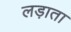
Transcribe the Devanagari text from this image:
लड़ाता